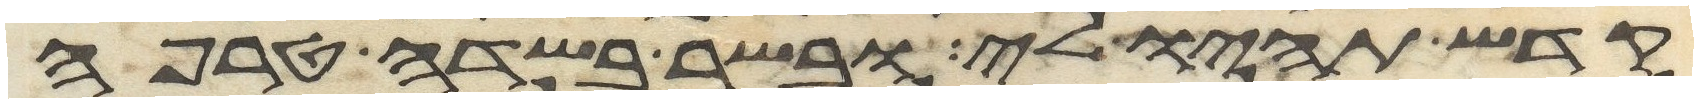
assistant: קדש תהיו לי ובשר בשדה טרפה